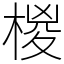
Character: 椶